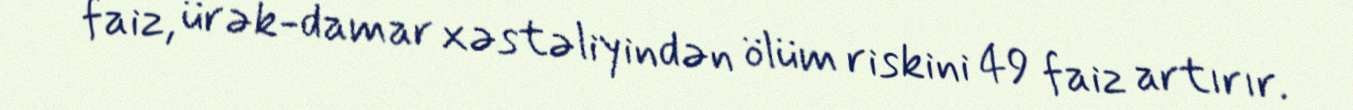
faiz, ürək-damar xəstəliyindən ölüm riskini 49 faiz artırır.